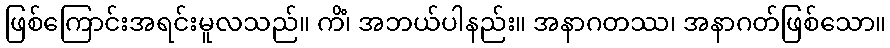
ဖြစ်ကြောင်းအရင်းမူလသည်။ ကိံ၊ အဘယ်ပါနည်း။ အနာဂတဿ၊ အနာဂတ်ဖြစ်သော။